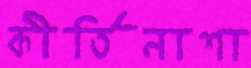
কীর্তিনাশা